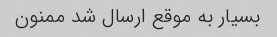
بسیار به موقع ارسال شد ممنون